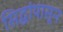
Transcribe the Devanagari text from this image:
सिद्धांपासून